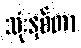
သုံးနှစ်တာ